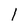
Character: 1